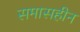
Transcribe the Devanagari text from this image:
समासहीन